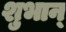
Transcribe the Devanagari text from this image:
शुभान्